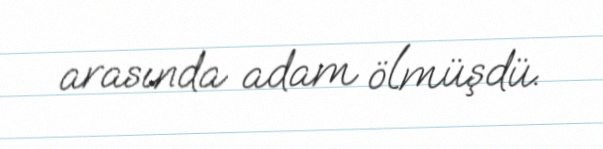
arasında adam ölmüşdü.